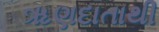
ૠણદાતાથી